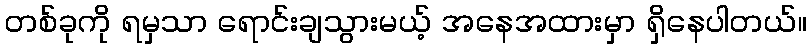
တစ်ခုကို ရမှသာ ရောင်းချသွားမယ့် အနေအထားမှာ ရှိနေပါတယ်။